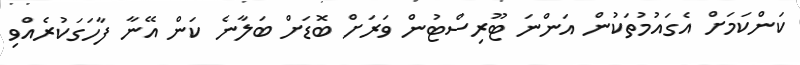
ކަންކަމަށް އެގައުމުތަކުން އަންނަ ޓޫރިސްޓުން ވަރަށް ބޮޑަށް ބަލާނެ ކަން އޭނާ ފާހަގަކުރެއްވި